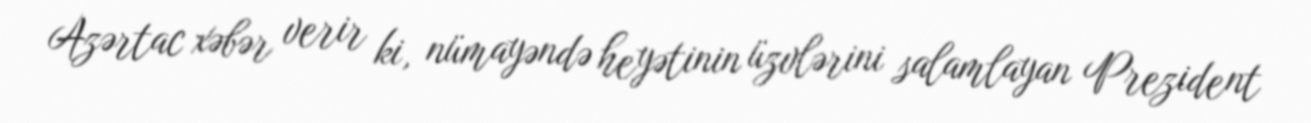
Azərtac xəbər verir ki, nümayəndə heyətinin üzvlərini salamlayan Prezident